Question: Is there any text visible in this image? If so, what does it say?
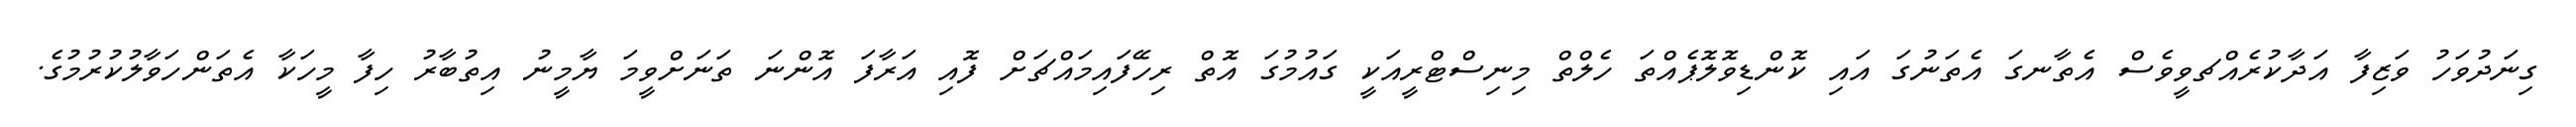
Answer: ގިނަދުވަހު ވަޒިފާ އަދާކުރެއްޗވީވެސް އެތާނގަ އެތަނުގަ އައި ކޮންޑިވޮލޮޕެއްތަ ހެލްތް މިނިސްޓްރީއަކީ ގައުމުގަ އޮތް ރިހޭފައިމައްޗަށް ފޮއި އަރާފަ އޮންނަ ތަނަށްވީމަ ޔާމީނު އިތުބާރު ހިފާ މީހަކާ އެތަންހަވާލުކުރުމުގެ.